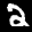
Label: 2